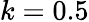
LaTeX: k=0.5